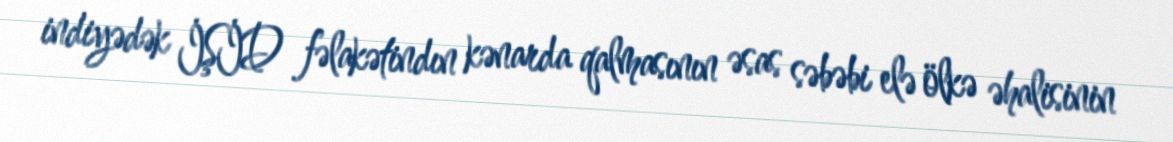
indiyədək İŞİD fəlakətindın kənarda qalmasının əsas səbəbi elə ölkə əhalisinin